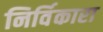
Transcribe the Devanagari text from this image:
निर्विकारा